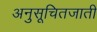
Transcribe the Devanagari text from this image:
अनुसूचितजाती